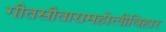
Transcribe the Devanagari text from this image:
गीतसीतारामहोलीविहार